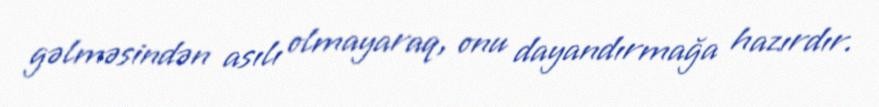
gəlməsindən asılı olmayaraq, onu dayandırmağa hazırdır.